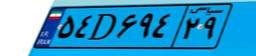
۵۴D۶۹۴۲۹